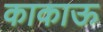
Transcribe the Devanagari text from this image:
काकाऊ